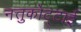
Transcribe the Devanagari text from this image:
नत्तुकोट्टाई